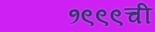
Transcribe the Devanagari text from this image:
१९९९ची